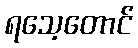
ရသေ့တောင်